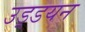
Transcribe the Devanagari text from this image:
उड़्डयन